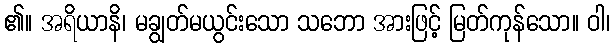
၏။ အရိယာနိ၊ မချွတ်မယွင်းသော သဘော အားဖြင့် မြတ်ကုန်သော။ ဝါ၊